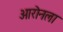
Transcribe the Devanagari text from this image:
आरोनला